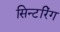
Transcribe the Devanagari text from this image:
सिन्टरिंग